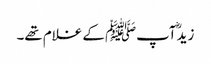
زیدؓ آپﷺ کے غلام تھے۔